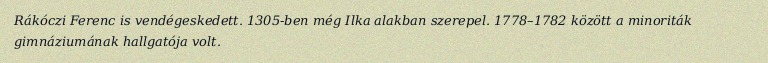
Rákóczi Ferenc is vendégeskedett. 1305-ben még Ilka alakban szerepel. 1778–1782 között a minoriták gimnáziumának hallgatója volt.